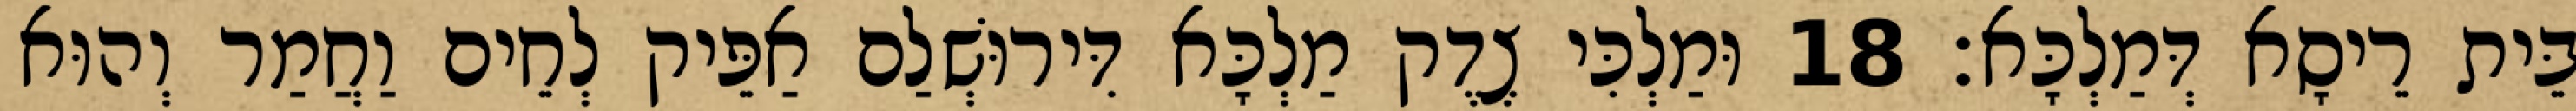
בֵּית רֵיסָא דְּמַלְכָּא׃ 18 וּמַלְכִּי צֶדֶק מַלְכָּא דִּירוּשְׁלַם אַפֵּיק לְחֵים וַחֲמַר וְהוּא